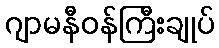
ဂျာမနီဝန်ကြီးချုပ်